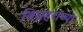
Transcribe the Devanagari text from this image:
विघ्नहराच्या